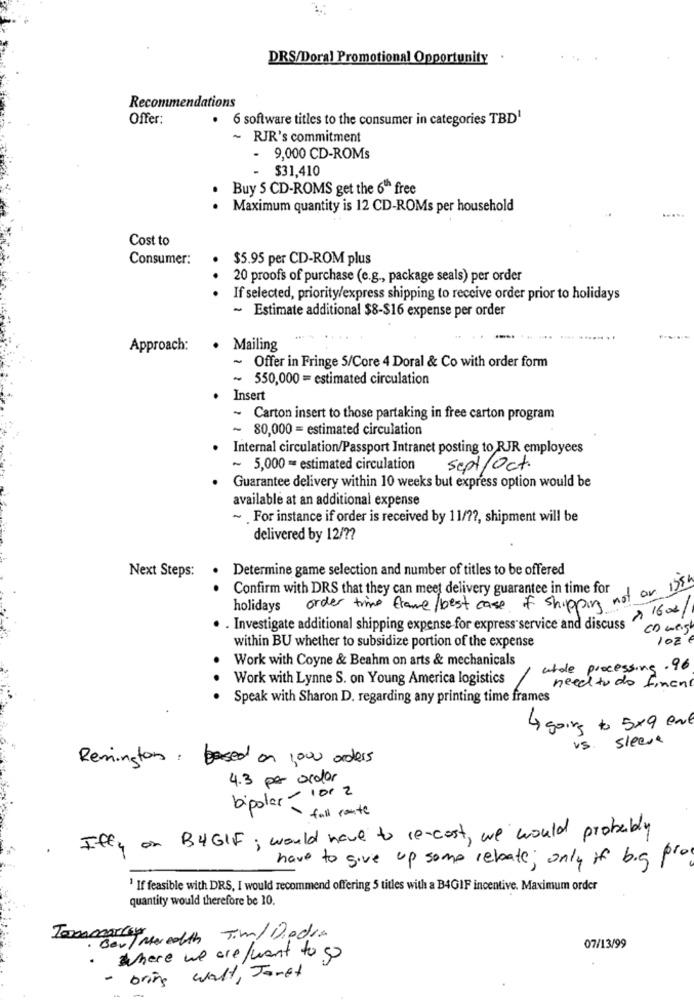
DRS/Doral Promotional Opportunity .
Recommendations
Offer:
.
6 software titles to the consumer in categories TBD1
-
RJR's commitment
- 9,000 CD-ROMs
- $31,410
Buy 5 CD-ROMS get the 6" free
. Maximum quantity is 12 CD-ROMs per household
Cost to
Consumer:
$5.95 per CD-ROM plus
.
20 proofs of purchase (e.g ., package seals) per order
If selected, priority/express shipping to receive order prior to holidays
~ Estimate additional $8-$16 expense per order
Approach:
. Mailing
Offer in Fringe 5/Core 4 Doral & Co with order form
~ 550,000 = estimated circulation
Insert
~ Carton insert to those partaking in free carton program
~ 80,000 = estimated circulation
Internal circulation/Passport Intranet posting to RJR employees
~ 5,000 = estimated circulation
sept/Oct.
Guarantee delivery within 10 weeks but express option would be
available at an additional expense
~ For instance if order is received by 11/7 ?, shipment will be
delivered by 12/ ??
Determine game selection and number of titles to be offered
Next Steps:
Confirm with DRS that they can meet delivery guarantee in time for
holidays
order trimme frame / best case of shipping not or
. . Investigate additional shipping expense for express service and discuse 160/
Co weigh
102 €
within BU whether to subsidize portion of the expense
Work with Coyne & Beahm on arts & mechanicals
utde processing .96
Work with Lynne S. on Young America logistics
need to do finant
Speak with Sharon D. regarding any printing time frames
4 going to 5x9 ene
sleeve
V5
Remington, based on 1000 orders
4.3 per order
bipolar - 100 2
- fall route
. Iffy on BYGIF; would have to re-cost, we would probably
have to give up some rebate; only if big pros
1 If feasible with DRS, I would recommend offering 5 titles with a B4GIF incentive. Maximum order
quantity would therefore be 10.
Tommarley
· Bert Meredith Tim/Diedin
07/13/99
where we are want to go
- bring walt, Janet